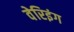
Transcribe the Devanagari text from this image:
वेरिइंग